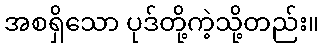
အစရှိသော ပုဒ်တို့ကဲ့သို့တည်း။